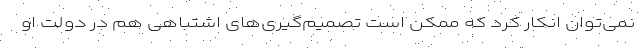
نمی‌توان انکار کرد که ممکن است تصمیم‌گیری‌های اشتباهی هم در دولت او